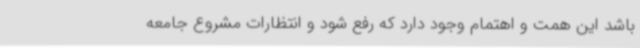
باشد این همت و اهتمام وجود دارد که رفع شود و انتظارات مشروع جامعه